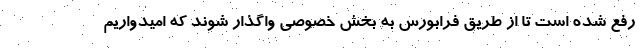
رفع شده است تا از طریق فرابورس به بخش خصوصی واگذار شوند که امیدواریم